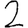
Digit: 2